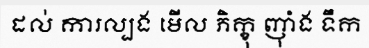
ដល់ ការល្បង មើល ភិក្ខុ ញុាំង ទឹក